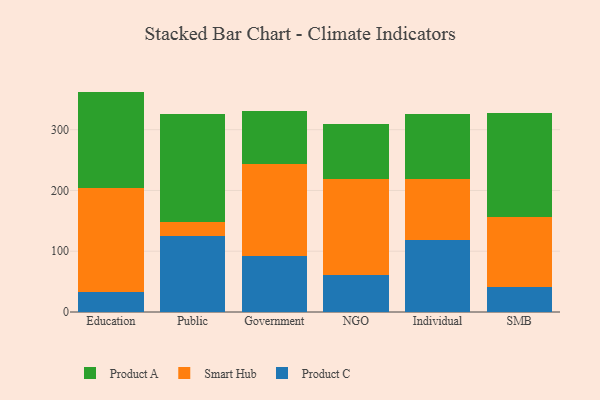
{"axis": {"x": "Segment", "y": "Active Users"}, "legend": ["Product A", "Product C", "Smart Hub"], "data": [{"x": "Education", "y": 32.1, "type": "Product C"}, {"x": "Education", "y": 172.5, "type": "Smart Hub"}, {"x": "Education", "y": 158.1, "type": "Product A"}, {"x": "Public", "y": 125.7, "type": "Product C"}, {"x": "Public", "y": 23.1, "type": "Smart Hub"}, {"x": "Public", "y": 177.5, "type": "Product A"}, {"x": "Government", "y": 91.9, "type": "Product C"}, {"x": "Government", "y": 151.6, "type": "Smart Hub"}, {"x": "Government", "y": 87.2, "type": "Product A"}, {"x": "NGO", "y": 60.9, "type": "Product C"}, {"x": "NGO", "y": 157.2, "type": "Smart Hub"}, {"x": "NGO", "y": 91.2, "type": "Product A"}, {"x": "Individual", "y": 117.7, "type": "Product C"}, {"x": "Individual", "y": 101.3, "type": "Smart Hub"}, {"x": "Individual", "y": 107.1, "type": "Product A"}, {"x": "SMB", "y": 41.3, "type": "Product C"}, {"x": "SMB", "y": 115.4, "type": "Smart Hub"}, {"x": "SMB", "y": 170.2, "type": "Product A"}]}